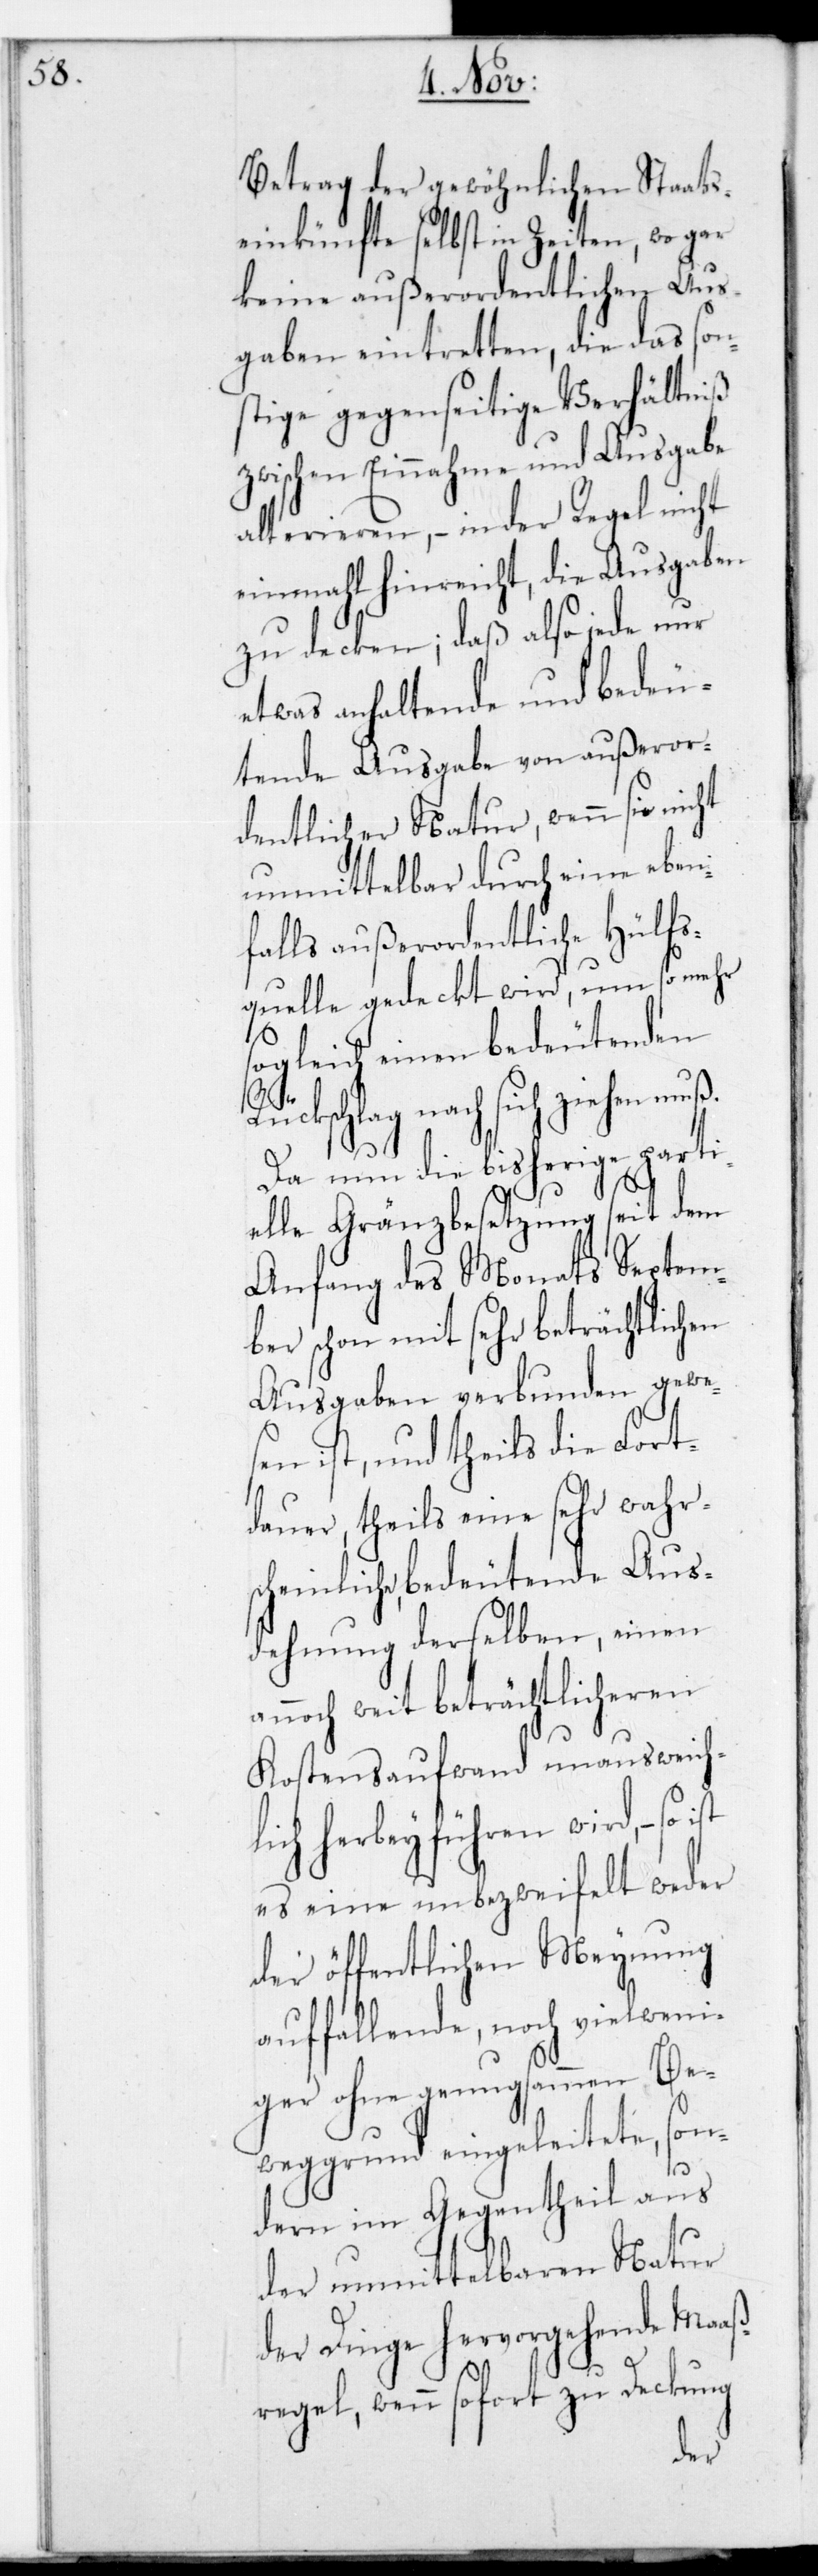
Betrag der gewöhnlichen Staats¬
einkünfte selbst in Zeiten, wo gar
keine außerordentlichen Aus¬
gaben eintretten, die das son¬
stige gegenseitige Verhältniß
zwischen Einnahme und Ausgabe
alterieren, – in der Regel nicht
einmahl hinreicht, die Ausgaben
zu decken; daß also jede nur
etwas anhaltende und bedeu¬
tende Ausgabe von außeror¬
dentlicher Natur, wenn sie nicht
unmittelbar durch eine eben¬
falls außerordentliche Hülfs¬
quelle gedeckt wird, um so mehr
sogleich einen bedeutenden
ückschlag nach sich ziehen
Da nun die bisherige parti¬
elle Gränzbesetzung seit dem
Anfang des Monats Septem¬
ber schon mit sehr beträchtlichen
Ausgaben verbunden gewe¬
sen ist, und theils die Fort¬
dauer, theils eine sehr wahr¬
scheinliche, bedeutende Aus¬
dehnung derselben, einen
annoch weit beträchtlicheren
Kostensaufwand unausweichl¬
ich herbeyführen wird, – so
es eine unbezweifelt weder
der öffentlichen Meynung
auffallende, noch vielweni¬
ger ohne genugsammen Be¬
weggrund eingeleitete, son¬
dern im Gegentheil aus
der unmittelbaren Natur
der Dinge hervorgehende Maaß¬
R¬
regel, wenn sofort zu Deckung